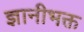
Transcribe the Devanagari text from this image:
ज्ञानीभक्त